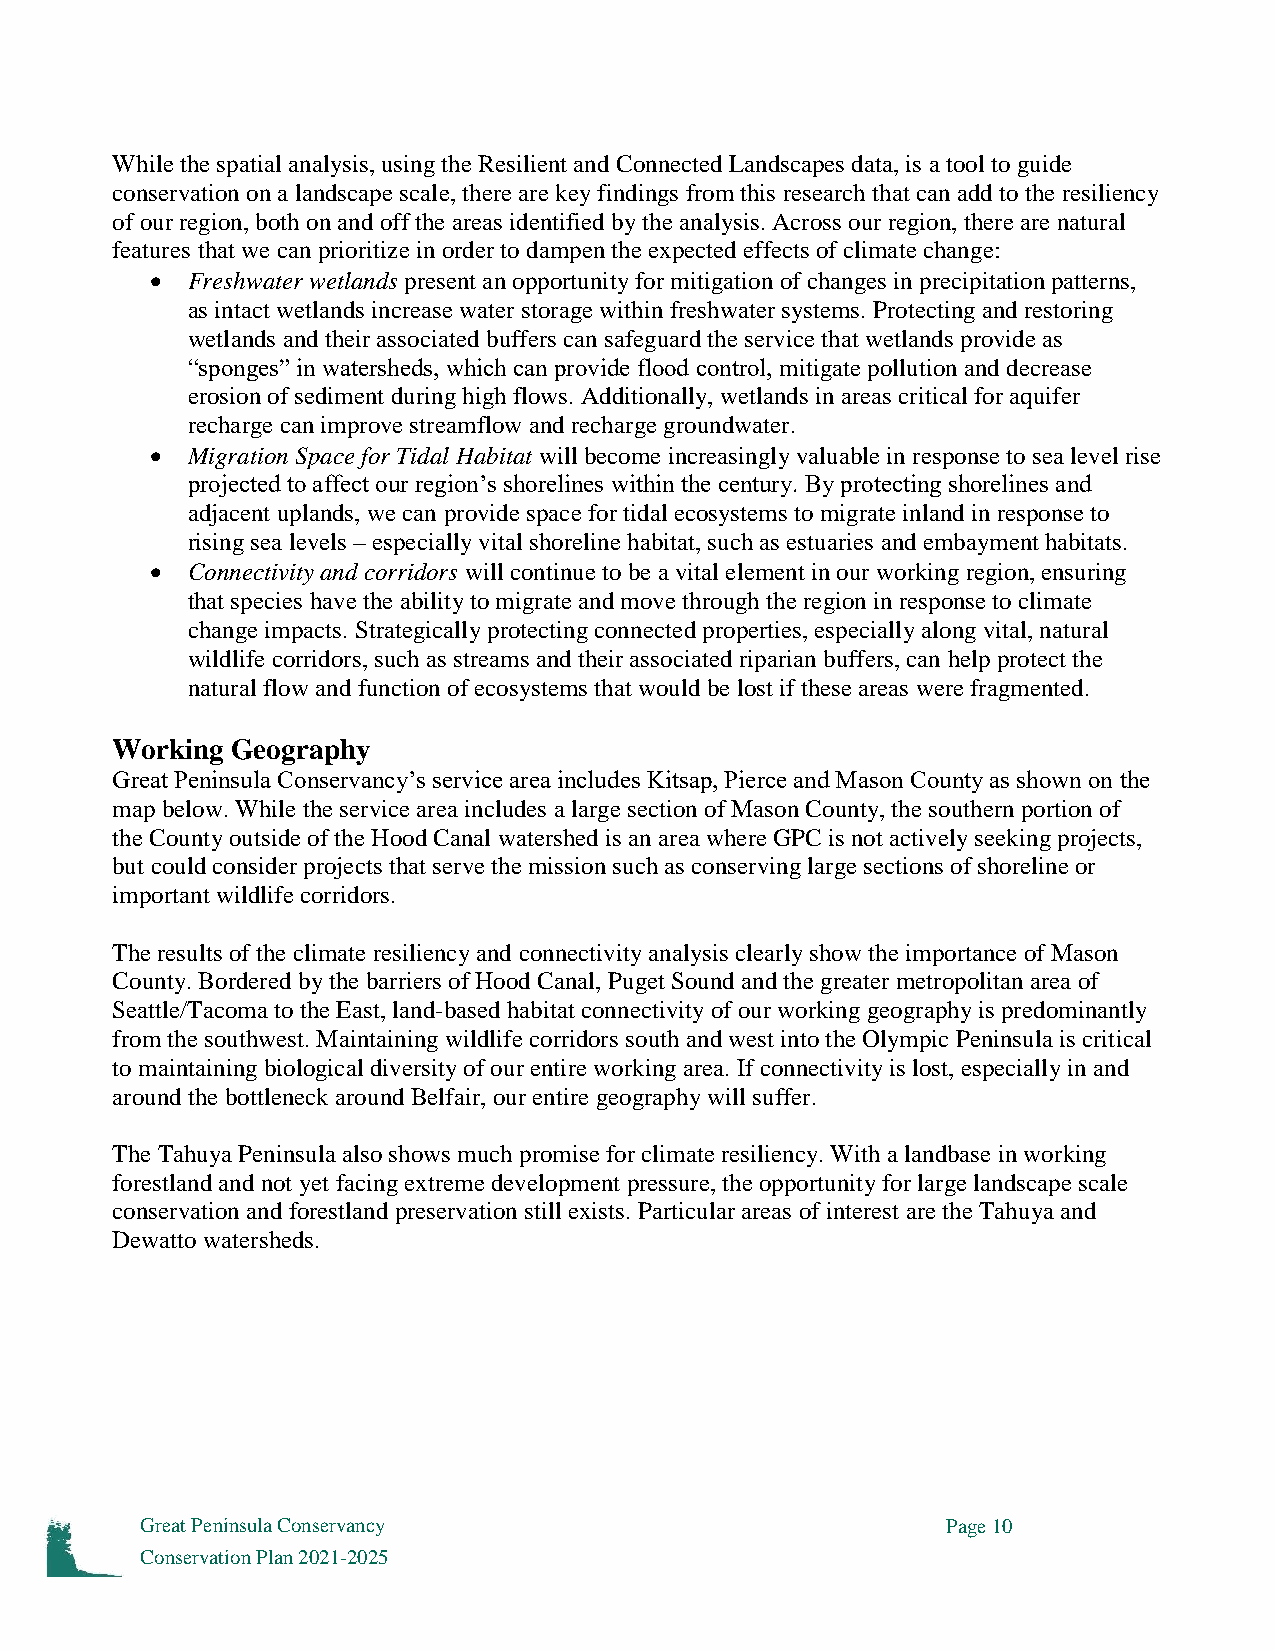
While the spatial analysis, using the Resilient and Connected Landscapes data, is a tool to guide
 conservation on a landscape scale, there are key findings from this research that can add to the resiliency
 of our region, both on and off the areas identified by the analysis. Across our region, there are natural
 features that we can prioritize in order to dampen the expected effects of climate change:
  Freshwater wetlands present an opportunity for mitigation of changes in precipitation patterns,
 as intact wetlands increase water storage within freshwater systems. Protecting and restoring
 wetlands and their associated buffers can safeguard the service that wetlands provide as
 “sponges” in watersheds, which can provide flood control, mitigate pollution and decrease
 erosion of sediment during high flows. Additionally, wetlands in areas critical for aquifer
 recharge can improve streamflow and recharge groundwater.
  Migration Space for Tidal Habitat will become increasingly valuable in response to sea level rise
 projected to affect our region’s shorelines within the century. By protecting shorelines and
 adjacent uplands, we can provide space for tidal ecosystems to migrate inland in response to
 rising sea levels – especially vital shoreline habitat, such as estuaries and embayment habitats.
  Connectivity and corridors will continue to be a vital element in our working region, ensuring
 that species have the ability to migrate and move through the region in response to climate
 change impacts. Strategically protecting connected properties, especially along vital, natural
 wildlife corridors, such as streams and their associated riparian buffers, can help protect the
 natural flow and function of ecosystems that would be lost if these areas were fragmented.
 
 Working Geography
 Great Peninsula Conservancy’s service area includes Kitsap, Pierce and Mason County as shown on the
 map below. While the service area includes a large section of Mason County, the southern portion of
 the County outside of the Hood Canal watershed is an area where GPC is not actively seeking projects,
 but could consider projects that serve the mission such as conserving large sections of shoreline or
 important wildlife corridors.
 The results of the climate resiliency and connectivity analysis clearly show the importance of Mason
 County. Bordered by the barriers of Hood Canal, Puget Sound and the greater metropolitan area of
 Seattle/Tacoma to the East, land-based habitat connectivity of our working geography is predominantly
 from the southwest. Maintaining wildlife corridors south and west into the Olympic Peninsula is critical
 to maintaining biological diversity of our entire working area. If connectivity is lost, especially in and
 around the bottleneck around Belfair, our entire geography will suffer.
 The Tahuya Peninsula also shows much promise for climate resiliency. With a landbase in working
 forestland and not yet facing extreme development pressure, the opportunity for large landscape scale
 conservation and forestland preservation still exists. Particular areas of interest are the Tahuya and
 Dewatto watersheds.
 Great Peninsula Conservancy                           Page 10
 Conservation Plan 2021-2025